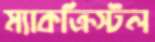
ম্যাকক্রিস্টল